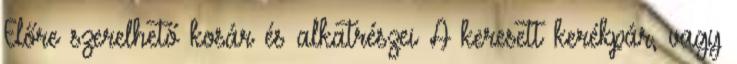
Előre szerelhető kosár és alkatrészei A keresett kerékpár, vagy